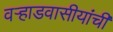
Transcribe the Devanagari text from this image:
वर्‍हाडवासीयांची